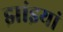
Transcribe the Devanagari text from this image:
झांइयां